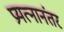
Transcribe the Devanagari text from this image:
प्रयत्नानंतर